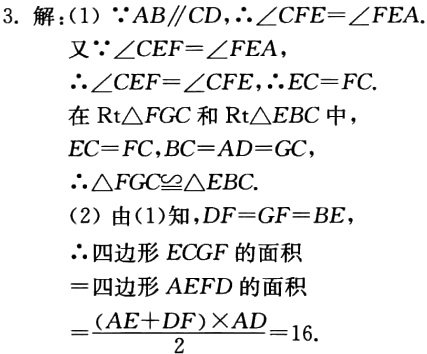
3. 解：(1) \(\because AB\parallel CD,\therefore\angle CFE = \angle FEA\).

又\(\because\angle CEF=\angle FEA\)，

\(\therefore\angle CEF = \angle CFE,\therefore EC = FC\).

在\(\text{Rt}\triangle FGC\)和\(\text{Rt}\triangle EBC\)中，

\(EC = FC,BC = AD = GC\)，

\(\therefore\triangle FGC\cong\triangle EBC\).

(2) 由(1)知，\(DF = GF = BE\)，

\(\therefore\)四边形\(ECGF\)的面积

\(=\)四边形\(AEFD\)的面积

\(=\frac{(AE + DF)\times AD}{2}=16\).